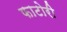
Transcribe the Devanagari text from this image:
फाटोरी